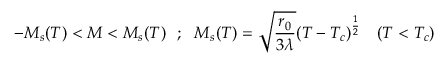
- M _ { s } ( T ) < M < M _ { s } ( T ) ~ ~ ; ~ ~ M _ { s } ( T ) = \sqrt { \frac { r _ { 0 } } { 3 \lambda } } ( T - T _ { c } ) ^ { \frac { 1 } { 2 } } ~ ~ ~ ( T < T _ { c } )